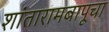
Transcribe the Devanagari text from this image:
शांतारामबापूचा